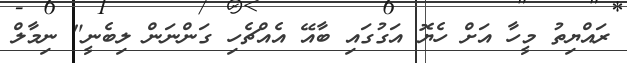
ރައްޔިތު މީހާ އަށް ހެޔޮ އަގުގައި ބާއޭ އެއްޗެހި ގަންނަން ލިބެނީ" ނިމާލް